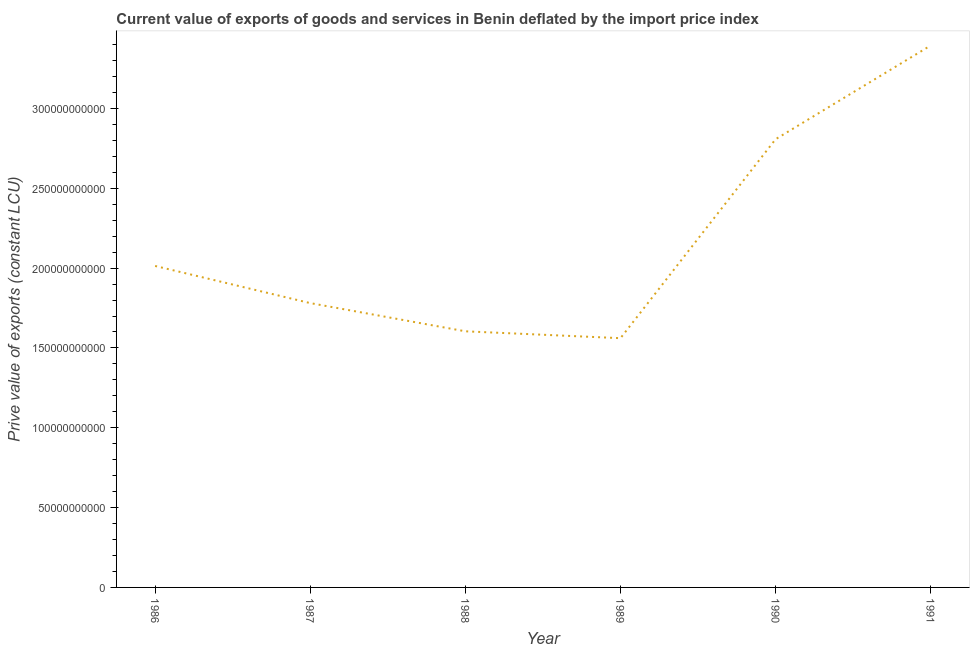
| Year | Exports as a capacity to import (constant LCU) |
 | --- | --- |
 | 1986 | 2.01e+11 |
 | 1987 | 1.78e+11 |
 | 1988 | 1.6e+11 |
 | 1989 | 1.56e+11 |
 | 1990 | 2.81e+11 |
 | 1991 | 3.39e+11 |